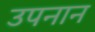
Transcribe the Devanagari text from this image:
उपनान